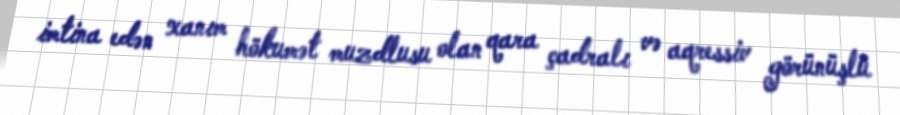
imtina edən xanım hökumət muzdlusu olan qara çadralı və aqressiv görünüşlü